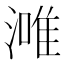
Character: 𣼲